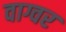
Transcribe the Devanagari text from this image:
वाग्वर